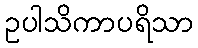
ဥပါသိကာပရိသာ